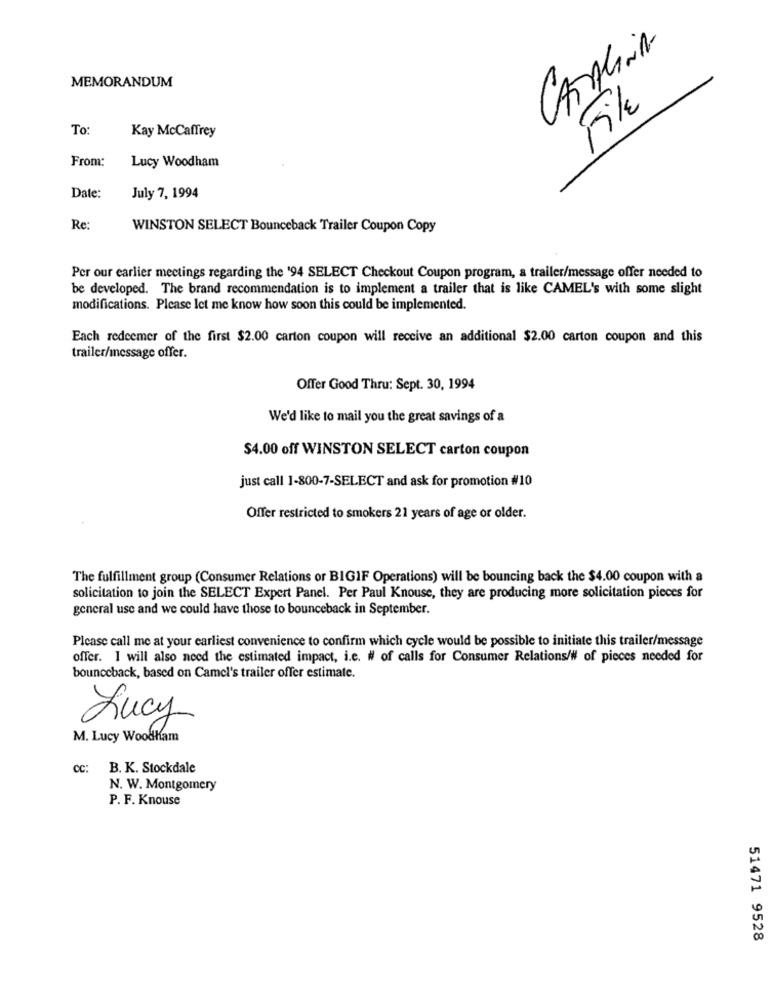
CATALINA
MEMORANDUM
File
To:
Kay McCaffrey
From:
Lucy Woodham
Date:
July 7, 1994
Re:
WINSTON SELECT Bounceback Trailer Coupon Copy
Per our earlier meetings regarding the '94 SELECT Checkout Coupon program, a trailer/message offer needed to
be developed. The brand recommendation is to implement a trailer that is like CAMEL's with some slight
modifications. Please let me know how soon this could be implemented.
Each redeemer of the first $2.00 carton coupon will receive an additional $2.00 carton coupon and this
trailer/message offer.
Offer Good Thru: Sept. 30, 1994
We'd like to mail you the great savings of a
$4.00 off WINSTON SELECT carton coupon
just call 1-800-7-SELECT and ask for promotion #10
Offer restricted to smokers 21 years of age or older.
The fulfillment group (Consumer Relations or BIGIF Operations) will be bouncing back the $4.00 coupon with a
solicitation to join the SELECT Expert Panel. Per Paul Knouse, they are producing more solicitation pieces for
general use and we could have those to bounceback in September.
Please call me at your earliest convenience to confirm which cycle would be possible to initiate this trailer/message
offer. I will also need the estimated impact, i.c. # of calls for Consumer Relations/# of pieces needed for
bounceback, based on Camel's trailer offer estimate.
Lucy
M. Lucy Woodham
CC:
B. K. Stockdale
N. W. Montgomery
P. F. Knouse
51471 9528